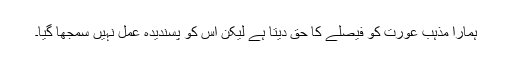
ہمارا مذہب عورت کو فیصلے کا حق دیتا ہے لیکن اس کو پسندیدہ عمل نہیں سمجھا گیا۔